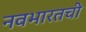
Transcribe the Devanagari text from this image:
नवभारतची